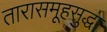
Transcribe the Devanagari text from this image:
तारासमूहसुद्धा